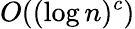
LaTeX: O((\log n)^{c})